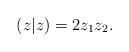
LaTeX: \begin{align*}(z|z) = 2 z_1 z_2.\end{align*}